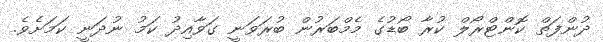
ދުންފަތް ކޮންޓްރޯލް ކުރާ ބޯޑުގެ މެމްބަރުން ބުރަވަނީ ގަވާއިދު ކަމު ނުދަނީ ކަމަށެވެ.